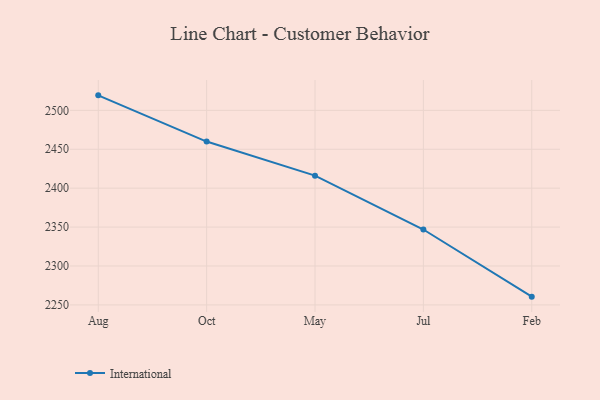
{"axis": {"x": "Month", "y": "Demand Index"}, "legend": ["International"], "data": [{"x": "Aug", "y": 2519.3, "type": "International"}, {"x": "Oct", "y": 2459.9, "type": "International"}, {"x": "May", "y": 2416.1, "type": "International"}, {"x": "Jul", "y": 2346.9, "type": "International"}, {"x": "Feb", "y": 2260.6, "type": "International"}]}